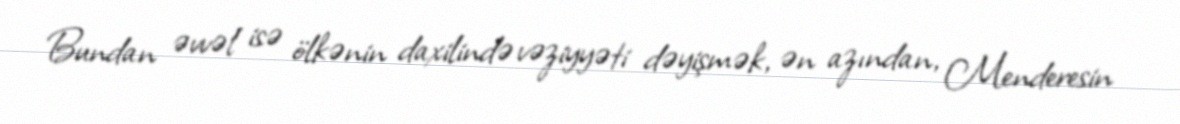
Bundan əvvəl isə ölkənin daxilində vəziyyəti dəyişmək, ən azından, Menderesin